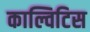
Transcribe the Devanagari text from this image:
काल्विटिस